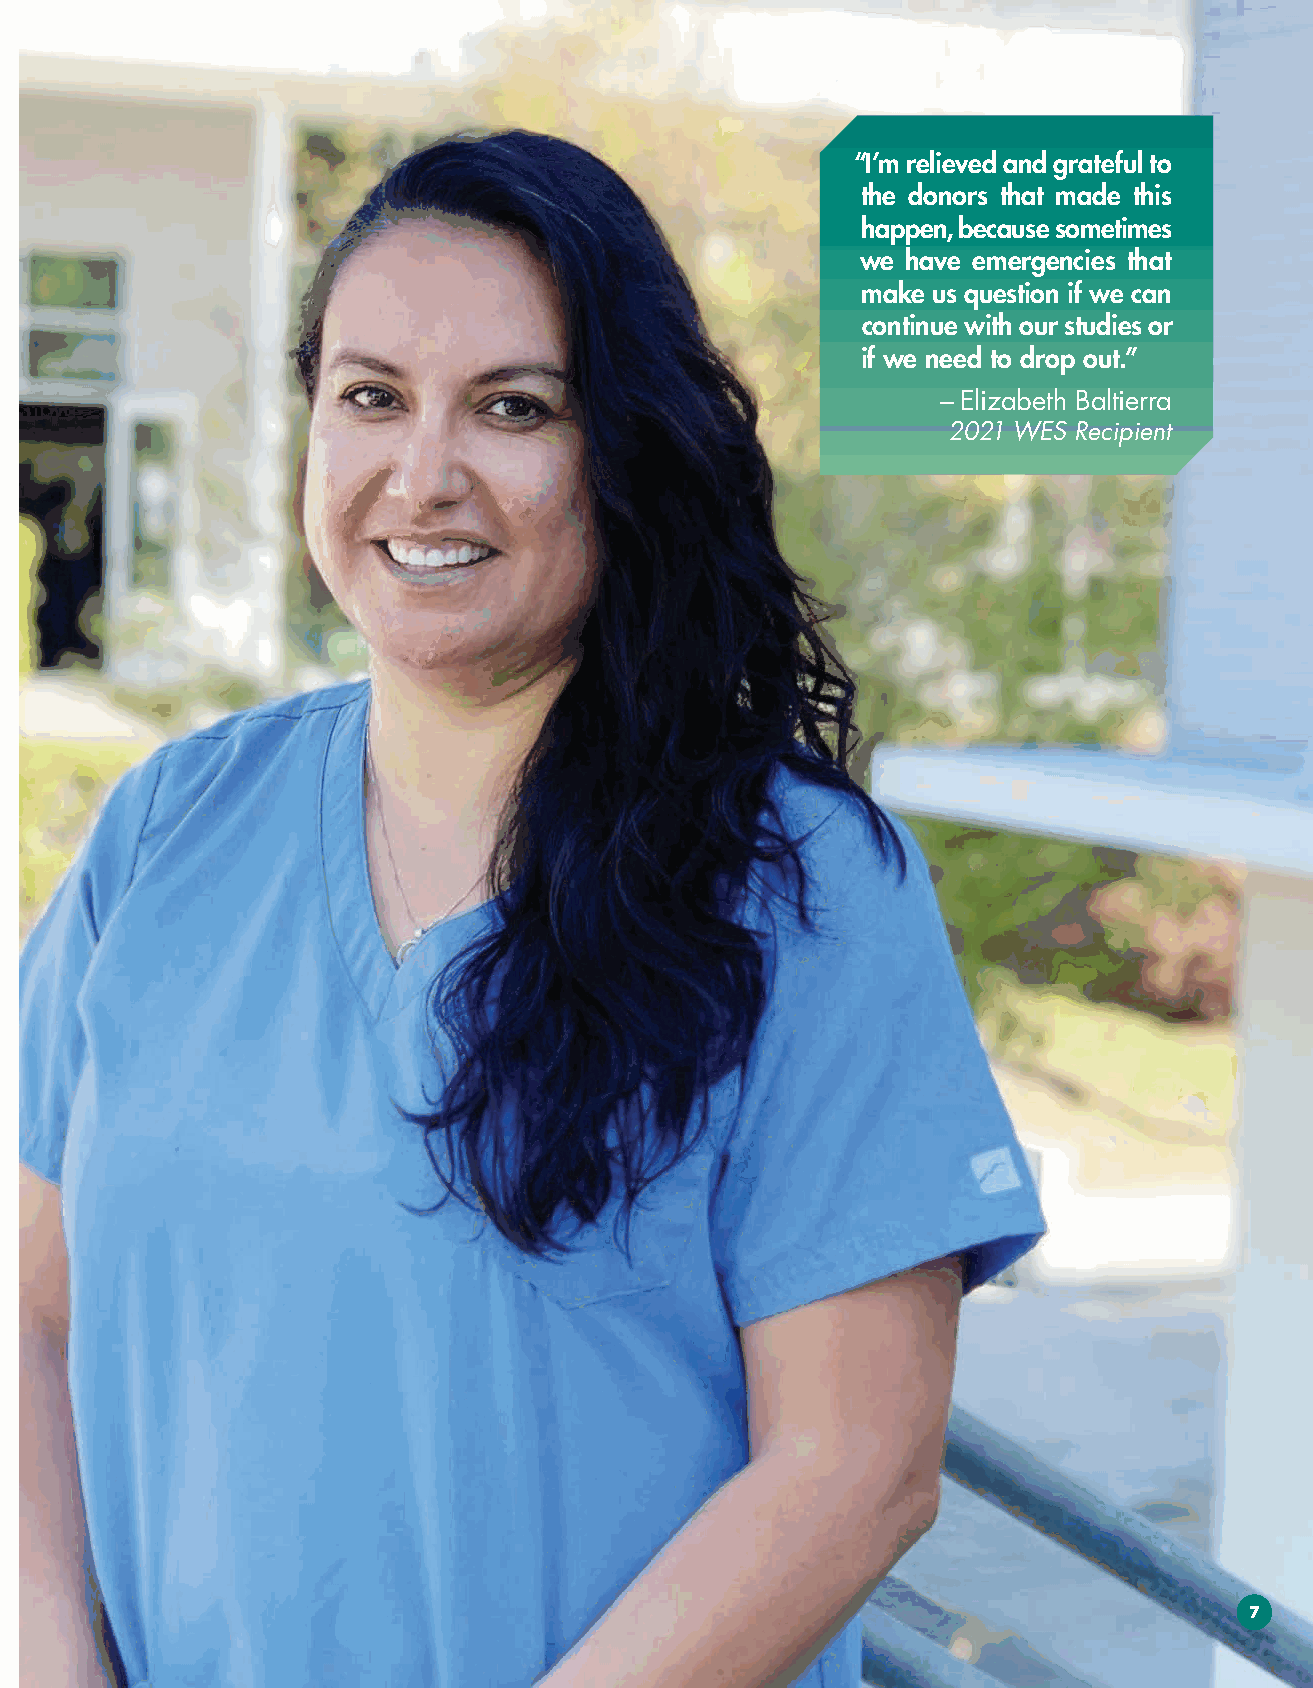
“I’m relieved and grateful to
 the donors that made this
 happen, because sometimes
 we have emergencies that
 make us question if we can
 continue with our studies or
 if we need to drop out.”
 – Elizabeth Baltierra
 2021 WES Recipient
 7